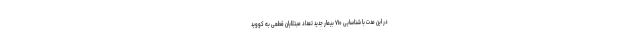
در این مدت با شناسایی ۷۱۰ بیمار جدید تعداد مبتلایان قطعی به کووید